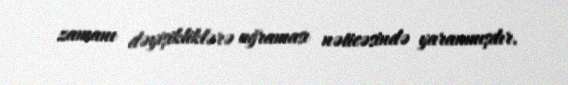
zamanı dəyişikliklərə uğraması nəticəsində yaranmışdır.